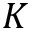
K